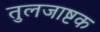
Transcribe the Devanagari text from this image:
तुलजाष्टक